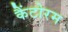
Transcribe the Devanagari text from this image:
कैंटोरम